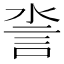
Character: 𧥿